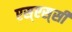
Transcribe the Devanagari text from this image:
एस्‌एस्‌सी